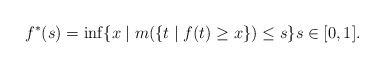
\begin{align*}f^*(s) = \inf \{ x \mid m(\{ t \mid f(t) \geq x \}) \leq s\} s \in [0,1].\end{align*}